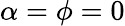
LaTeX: \alpha=\phi=0